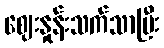
ဈေးနှုန်းသက်သာပြီး